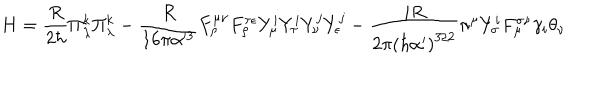
LaTeX: H = \frac { R } { 2 \hbar } \Pi _ { \lambda } ^ { k } \Pi _ { \lambda } ^ { k } - \frac { R } { 1 6 \pi \alpha ^ { 3 } } F _ { \rho } ^ { \mu \nu } F _ { \rho } ^ { \tau \epsilon } Y _ { \mu } ^ { i } Y _ { \tau } ^ { i } Y _ { \nu } ^ { j } Y _ { \epsilon } ^ { j } - \frac { i R } { { 2 \pi } \left( \hbar \alpha ^ { \prime } \right) ^ { 3 / 2 } } \pi ^ { \mu } Y _ { \sigma } ^ { i } F _ { \mu } ^ { \sigma \nu } \gamma _ { i } \theta _ { \nu }